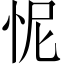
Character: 怩